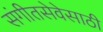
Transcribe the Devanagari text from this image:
संगीतसेवेसाठी